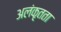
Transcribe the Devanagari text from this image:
अलंकृतता